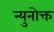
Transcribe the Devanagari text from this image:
न्युनोक्त